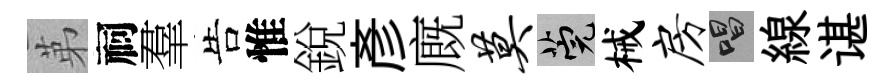
苐祠羣告惟銳彥廐莫筦械房唱線谌